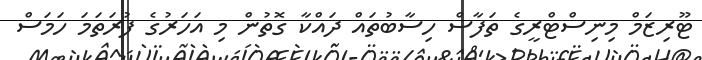
ޓޫރިޒަމް މިނިސްޓްރީގެ ތަފާސް ހިސާބުތައް ދައްކާ ގޮތުން މި އަހަރުގެ ފުރަތަަމަ ހަމަސް